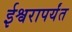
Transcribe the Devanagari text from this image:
ईश्वरापर्यंत